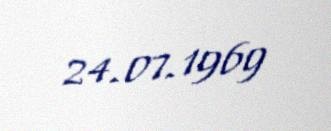
24.07.1969